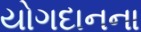
યોગદાનના